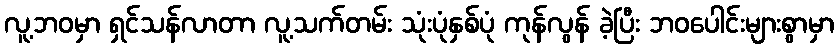
လူ့ဘဝမှာ ရှင်သန်လာတာ လူ့သက်တမ်း သုံးပုံနှစ်ပုံ ကုန်လွန် ခဲ့ပြီး ဘဝပေါင်းများစွာမှာ